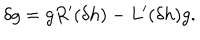
\delta g = g R ^ { \prime } ( \delta h ) - L ^ { \prime } ( \delta h ) g .